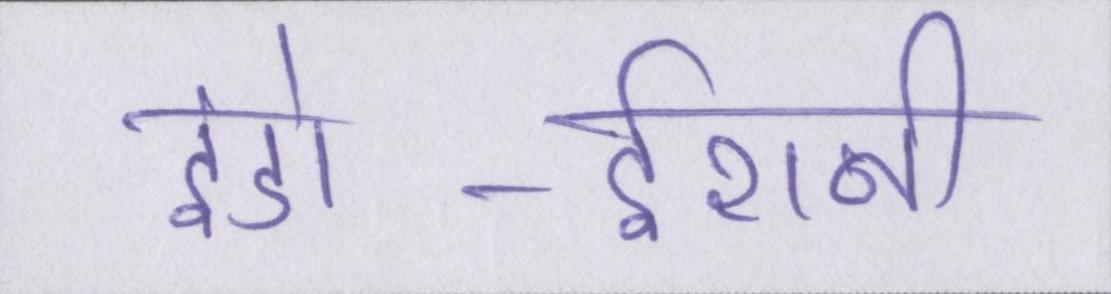
इंडो-ईरानी